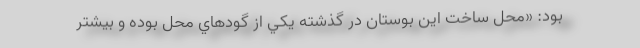
بود: «محل ساخت اين بوستان در گذشته يكي از گودهاي محل بوده و بيشتر